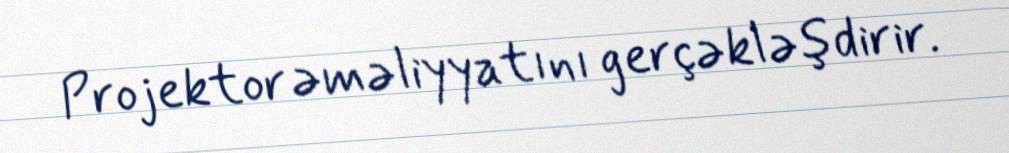
Projektor əməliyyatını gerçəkləşdirir.